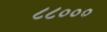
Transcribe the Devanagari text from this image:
८८०००